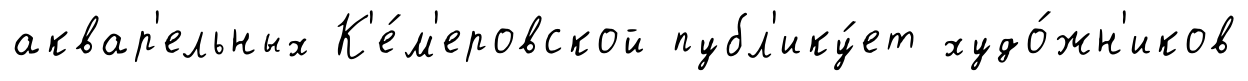
аквар'ельных К'е́м'еровской публ'ику́ет худо́жн'иков